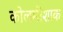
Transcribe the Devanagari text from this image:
कोलमीशाक